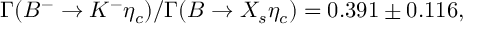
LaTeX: \Gamma ( B ^ { - } \rightarrow K ^ { - } \eta _ { c } ) / \Gamma ( B \rightarrow X _ { s } \eta _ { c } ) = 0 . 3 9 1 \pm 0 . 1 1 6 ,